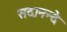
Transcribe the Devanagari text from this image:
सदानन्दे